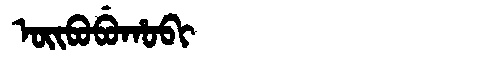
Manchu: ᠣᡳᠪᠣᠪᡠᡥᠣᠪᡳ
Romanization: OIBOBUHOBI